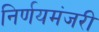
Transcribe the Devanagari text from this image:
निर्णयमंजरी